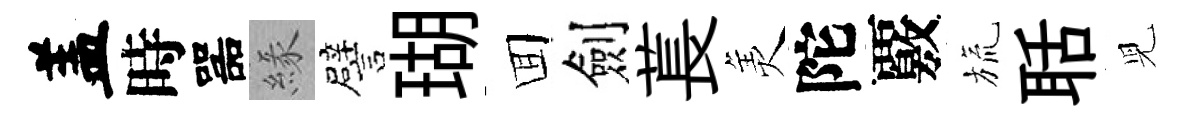
盖時噐緣譬瑚囬劍萇羙陀覈旒聒児